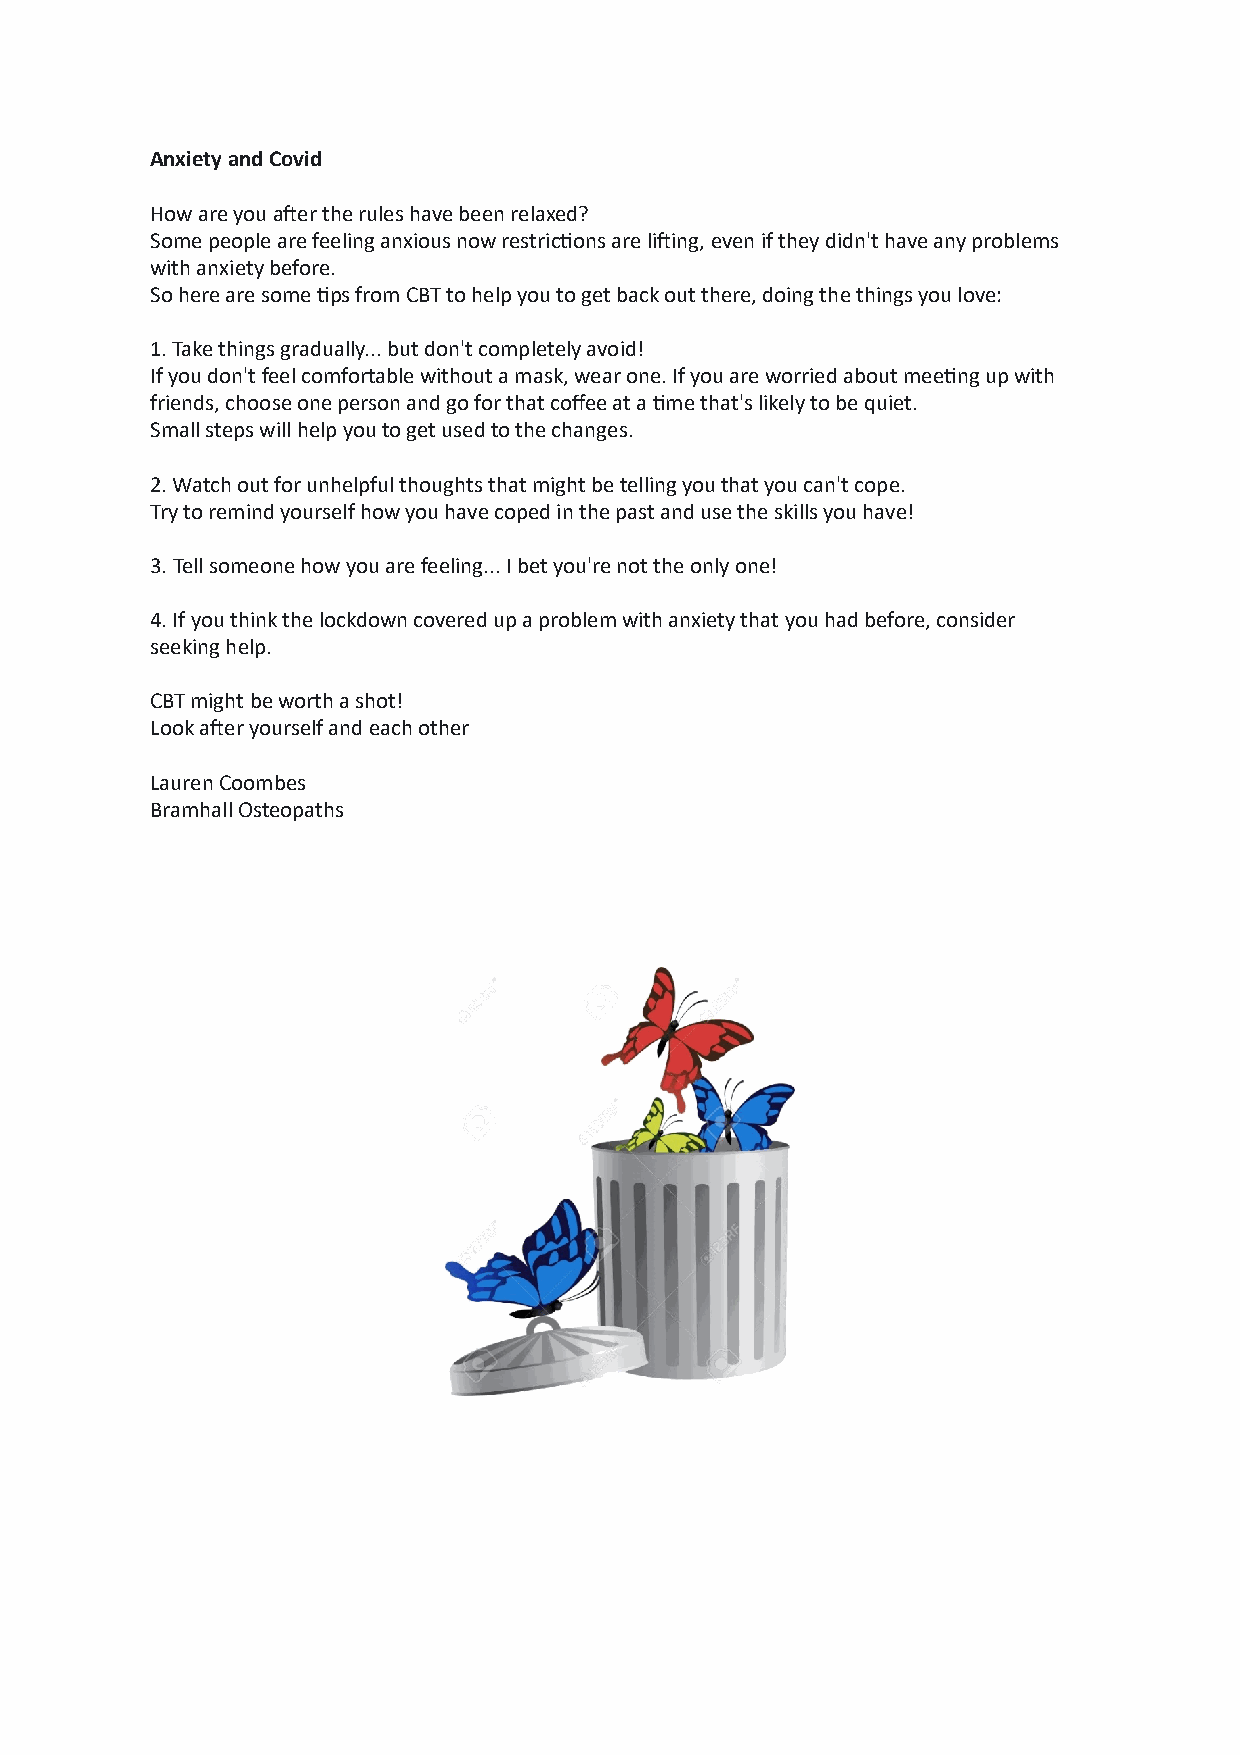
Anxiety and Covid
 How are you aker the rules have been relaxed?
 Some people are feeling anxious now restricGons are liking, even if they didn't have any problems
 with anxiety before.
 So here are some Gps from CBT to help you to get back out there, doing the things you love:
 1. Take things gradually... but don't completely avoid!
 If you don't feel comfortable without a mask, wear one. If you are worried about meeGng up with
 friends, choose one person and go for that coffee at a Gme that's likely to be quiet.
 Small steps will help you to get used to the changes.
 2. Watch out for unhelpful thoughts that might be telling you that you can't cope.
 Try to remind yourself how you have coped in the past and use the skills you have!
 3. Tell someone how you are feeling... I bet you're not the only one!
 4. If you think the lockdown covered up a problem with anxiety that you had before, consider
 seeking help.
 CBT might be worth a shot!
 Look aker yourself and each other
 Lauren Coombes
 Bramhall Osteopaths